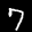
Label: 7